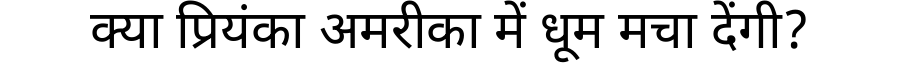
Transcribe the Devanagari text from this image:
क्या प्रियंका अमरीका में धूम मचा देंगी?